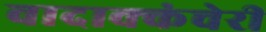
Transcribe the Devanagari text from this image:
वादाक्कंचेरी